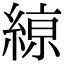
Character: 𦂠